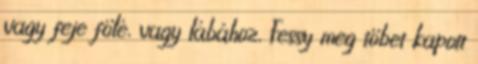
vagy feje fölé, vagy lábához, Fessy meg töbet kapott